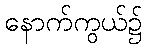
နောက်ကွယ်၌